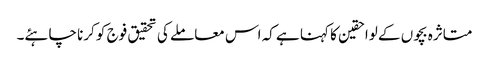
متاثرہ بچوں کے لواحقین کا کہنا ہے کہ اس معاملے کی تحقیق فوج کو کرنا چاہئے۔